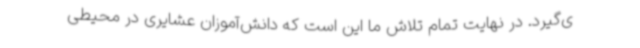
ی‌گیرد. در نهایت تمام تلاش ما این است که دانش‌آموزان عشایری در محیطی